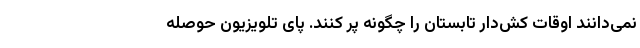
نمی‌دانند اوقات کش‌دار تابستان را چگونه پُر کنند. پای تلویزیونِ حوصله